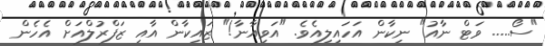
"ސޯ..... ވަޓް ނާއު" ނިކާން އަހައިލިއެވެ. "އަވިއާނާ!" ޒައިކާން އާއި ޒަފްރުލްއަށް އެހެން